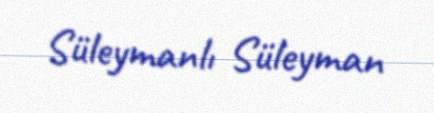
Süleymanlı Süleyman